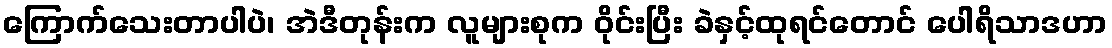
ကြောက်သေးတာပါပဲ၊ အဲဒီတုန်းက လူများစုက ဝိုင်းပြီး ခဲနှင့်ထုရင်တောင် ပေါရိသာဒဟာ